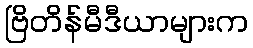
ဗြိတိန်မီဒီယာများက